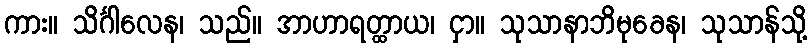
ကား။ သိင်္ဂါလေန၊ သည်။ အာဟာရတ္ထာယ၊ ငှာ။ သုသာနာဘိမုခေန၊ သုသာန်သို့